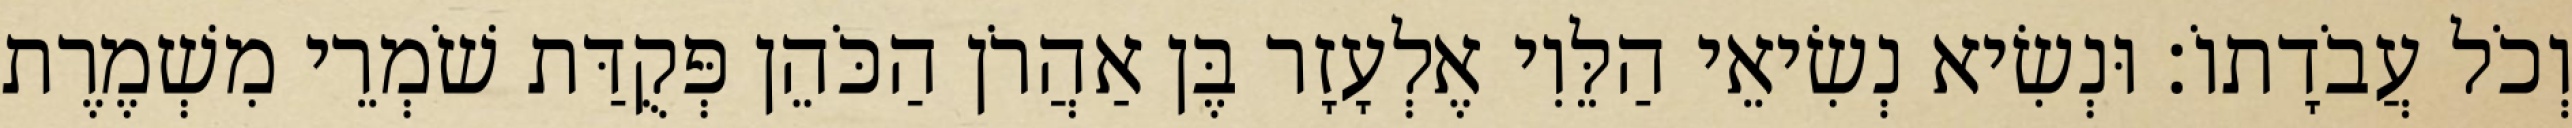
וְכֹל עֲבֹדָתוֹ׃ וּנְשִׂיא נְשִׂיאֵי הַלֵּוִי אֶלְעָזָר בֶּן אַהֲרֹן הַכֹּהֵן פְּקֻדַּת שֹׁמְרֵי מִשְׁמֶרֶת